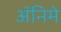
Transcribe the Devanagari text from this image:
अॅनिमे